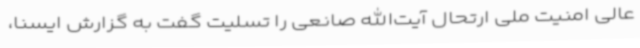
عالی امنیت ملی ارتحال آیت‌الله صانعی را تسلیت گفت به گزارش ایسنا،